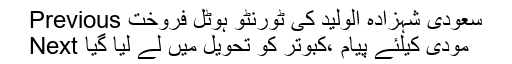
Previous سعودی شہزادہ الولید کی ٹورنٹو ہوٹل فروخت
Next مودی کیلئے پیام ،کبوتر کو تحویل میں لے لیا گیا